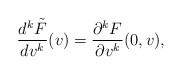
\begin{align*} \frac{d^k\tilde{F}}{dv^k}(v)=\frac{\partial^kF}{\partial v^k}(0,v),\end{align*}